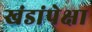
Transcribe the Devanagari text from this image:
खंडांपेक्षा